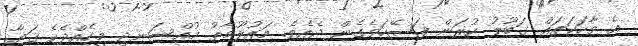
އެ ވާހަކަތައް ގަބޫލު ކުރަން ފަސޭހަވެގެން ދެއެވެ. މައުލޫމާތު މުއްސަނދި މީހެއްދެކެ ގަޔާ